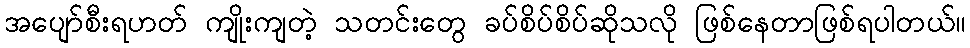
အပျော်စီးရဟတ် ကျိုးကျတဲ့ သတင်းတွေ ခပ်စိပ်စိပ်ဆိုသလို ဖြစ်နေတာဖြစ်ရပါတယ်။